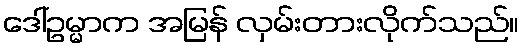
ဒေါ်ဥမ္မာက အမြန် လှမ်းတားလိုက်သည်။